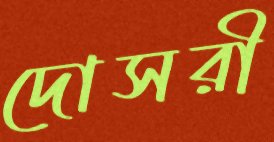
দোসরী